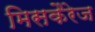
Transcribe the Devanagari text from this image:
मिसकैरेज